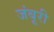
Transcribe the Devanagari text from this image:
जंबूरी